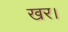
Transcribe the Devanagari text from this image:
खर।